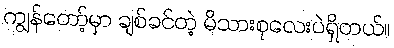
ကျွန်တော့်မှာ ချစ်ခင်တဲ့ မိသားစုလေးပဲရှိတယ်။